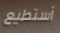
أستطيع